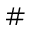
\#